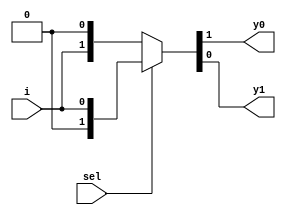
// This program was cloned from: https://github.com/ekb0412/100DaysofRTL
// License: Apache License 2.0

`timescale 1ns / 1ps

module demux_1_2(
    input sel,
    input i,
    output y0, y1
    );    
    assign {y0,y1} = sel?{1'b0,i}: {i,1'b0};
endmodule

module demux_and_gate(
    input a, b,
    output and_g
    );
    wire w;
    
    demux_1_2 andgate(b, a, w, and_g);
endmodule